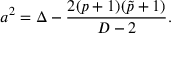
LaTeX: a ^ { 2 } = \Delta - { \frac { 2 ( p + 1 ) ( \tilde { p } + 1 ) } { D - 2 } } .